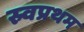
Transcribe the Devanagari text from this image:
स्र्वप्रथम